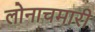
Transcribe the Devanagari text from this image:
लोनाचमारी